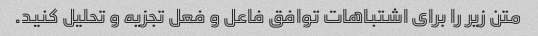
متن زیر را برای اشتباهات توافق فاعل و فعل تجزیه و تحلیل کنید.